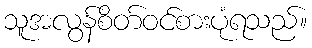
သူအလွန်စိတ်ဝင်စားပုံရသည်။